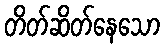
တိတ်ဆိတ်နေသော